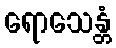
ရောသေန္တံ